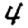
Digit: 4